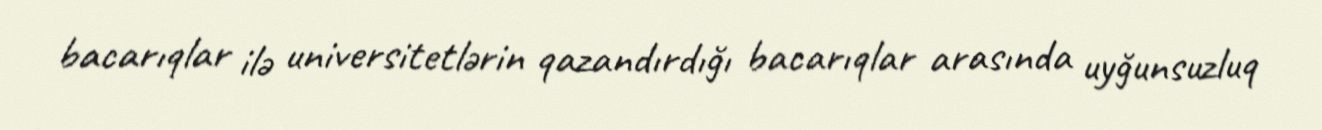
bacarıqlar ilə universitetlərin qazandırdığı bacarıqlar arasında uyğunsuzluq